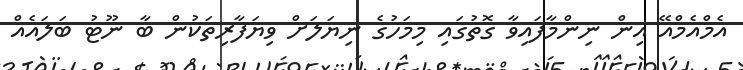
އެމްއެމްއޭ އިން ނިންމާފައިވާ ގޮތުގައި މިމަހުގެ ނިޔަލަށް ވިޔަފާރިތަކުން ބާ ނޫޓު ބަލައެއް